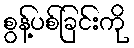
စွန့်ပစ်ခြင်းကို